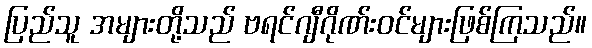
ပြည်သူ အများတို့သည် ဗရင်ဂျီဂိုဏ်းဝင်များဖြစ်ကြသည်။